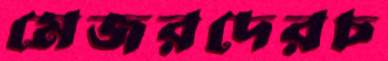
মেজরদেরচ